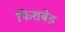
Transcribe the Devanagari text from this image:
फिशबेड